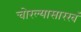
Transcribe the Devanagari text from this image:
चोरल्यासारखं